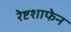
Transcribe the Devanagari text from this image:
रेष्टशाफेन